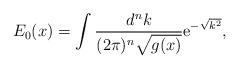
LaTeX: \begin{align*}E_0(x) = \int\frac{d^nk}{(2\pi)^n\sqrt{g(x)}} {\rm e}^{-\sqrt{k^2}},\end{align*}